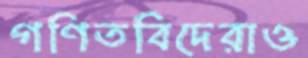
গণিতবিদেরাও